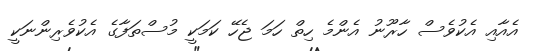
އެއާއި އެކުވެސް ހާރޫނު އެންމެ ހިތް ހަމަ ޖެހޭ ކަމަކީ މުސްތަފާގެ އެކުވެރިންނަކީ